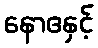
နောဧနှင့်